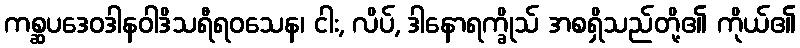
ကစ္ဆပဒေဝဒါနဝါဒိသရီရဝသေန၊ ငါး, လိပ်, ဒါနောရက္ခိုသ် အစရှိသည်တို့၏ ကိုယ်၏